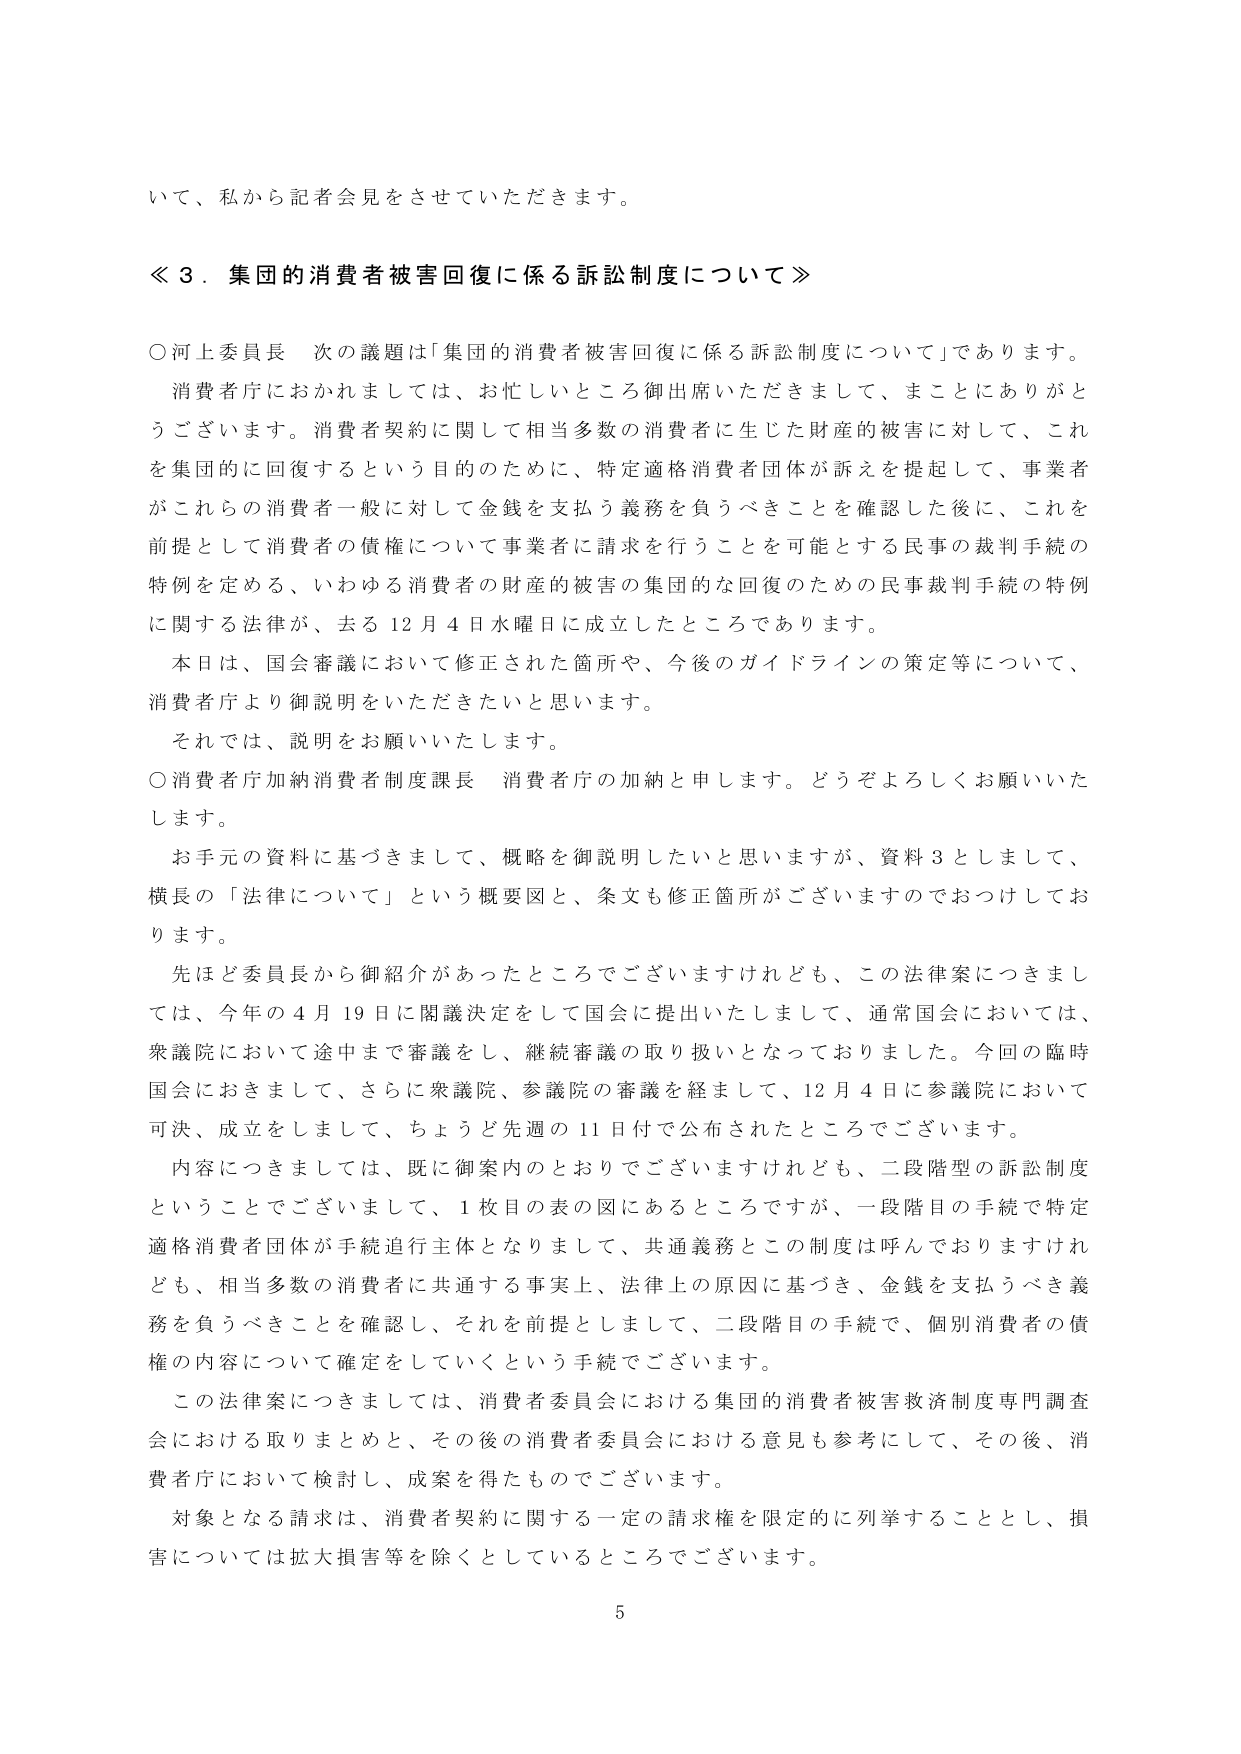
いて、私から記者会見をさせていただきます。

≪３．集団的消費者被害回復に係る訴訟制度について≫

○河上委員長　次の議題は「集団的消費者被害回復に係る訴訟制度について」であります。
　消費者庁におかれましては、お忙しいところ御出席いただきまして、まことにありがとうございます。消費者契約に関して相当多数の消費者に生じた財産的被害に対して、これを集団的に回復するという目的のために、特定適格消費者団体が訴えを提起して、事業者がこれらの消費者一般に対して金銭を支払う義務を負うべきことを確認した後に、これを前提として消費者の債権について事業者に請求を行うことを可能とする民事の裁判手続の特例を定める、いわゆる消費者の財産的被害の集団的な回復のための民事裁判手続の特例に関する法律が、去る12月4日水曜日に成立したところであります。
　本日は、国会審議において修正された箇所や、今後のガイドラインの策定等について、消費者庁より御説明をいただきたいと思います。
　それでは、説明をお願いいたします。

○消費者庁加納消費者制度課長　消費者庁の加納と申します。どうぞよろしくお願いいたします。
　お手元の資料に基づきまして、概略を御説明したいと思いますが、資料3としまして、横長の「法律について」という概要図と、条文も修正箇所がございますのでおつけしております。
　先ほど委員長から御紹介があったところでございますけれども、この法律案につきましては、今年の4月19日に閣議決定をして国会に提出いたしまして、通常国会においては、衆議院において途中まで審議をし、継続審議の取り扱いとなっておりました。今回の臨時国会におきまして、さらに衆議院、参議院の審議を経まして、12月4日に参議院において可決、成立をしまして、ちょうど先週の11日付で公布されたところでございます。
　内容につきましては、既に御案内のとおりでございますけれども、二段階型の訴訟制度ということでございまして、1枚目の表の図にあるところですが、一段階目の手続で特定適格消費者団体が手続追行主体となりまして、共通義務とこの制度は呼んでおりますけれども、相当多数の消費者に共通する事実上、法律上の原因に基づき、金銭を支払うべき義務を負うべきことを確認し、それを前提としまして、二段階目の手続で、個別消費者の債権の内容について確定をしていくという手続でございます。
　この法律案につきましては、消費者委員会における集団的消費者被害救済制度専門調査会における取りまとめと、その後の消費者委員会における意見も参考にして、その後、消費者庁において検討し、成案を得たものでございます。
　対象となる請求は、消費者契約に関する一定の請求権を限定的に列挙することとし、損害については拡大損害等を除くとしているところでございます。

5